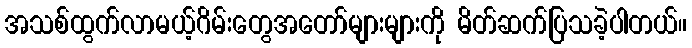
အသစ်ထွက်လာမယ့်ဂိမ်းတွေအတော်များများကို မိတ်ဆက်ပြသခဲ့ပါတယ်။